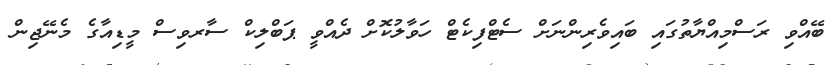
ބޭއްވި ރަސްމިއްޔާތުގައި ބައިވެރިންނަށް ސެޓްފިކެޓް ހަވާލުކޮށް ދެއްވީ ޕަބްލިކް ސާރވިސް މީޑިއާގެ މެނޭޖިން